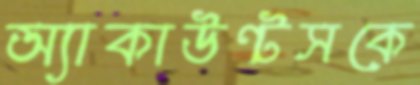
অ্যাকাউন্টসকে